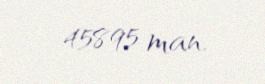
45895 man.